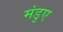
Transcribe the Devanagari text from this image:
मंडुए